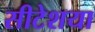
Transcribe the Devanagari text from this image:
सीटेशया